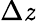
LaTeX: \Delta\mathit{z}